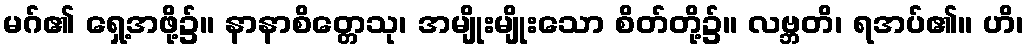
မဂ်၏ ရှေ့အဖို့၌။ နာနာစိတ္တေသု၊ အမျိုးမျိုးသော စိတ်တို့၌။ လဗ္ဘတိ၊ ရအပ်၏။ ဟိ၊